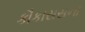
કૌકાસસના